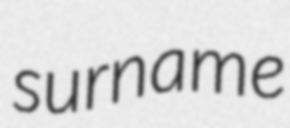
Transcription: surname